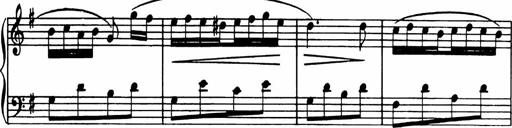
Title: Analytical Sonatinas
Composer: Frank Lynes